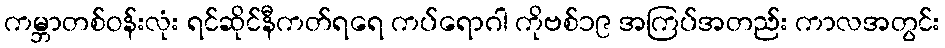
ကမ္ဘာတစ်ဝန်းလုံး ရင်ဆိုင်နီကတ်ရရေ ကပ်ရောဂါ ကိုဗစ်၁၉ အကြပ်အတည်း ကာလအတွင်း